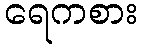
ရေကစား